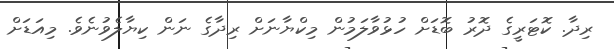
ރިދާ. ކޮޓަރީގެ ދޮރު ބޮޑަށް ހުޅުވާލަމުން މިކްޔާނަށް ރިދާގެ ނަން ކިޔާލެވުނެވެ. މިއަޑަށް